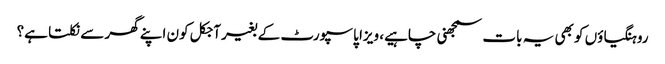
روہنگیاؤں کو بھی یہ بات سمجھنی چاہیے، ویزا پاسپورٹ کے بغیر آجکل کون اپنے گھر سے نکلتا ہے؟